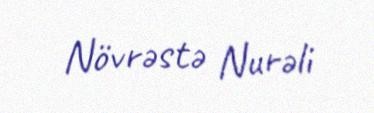
Növrəstə Nurəli